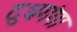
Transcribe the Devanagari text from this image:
दुधगंगा